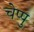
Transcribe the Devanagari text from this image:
चेप्पु